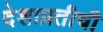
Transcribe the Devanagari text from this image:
देशाप्रतीची